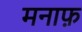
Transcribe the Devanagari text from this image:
मनाफ़